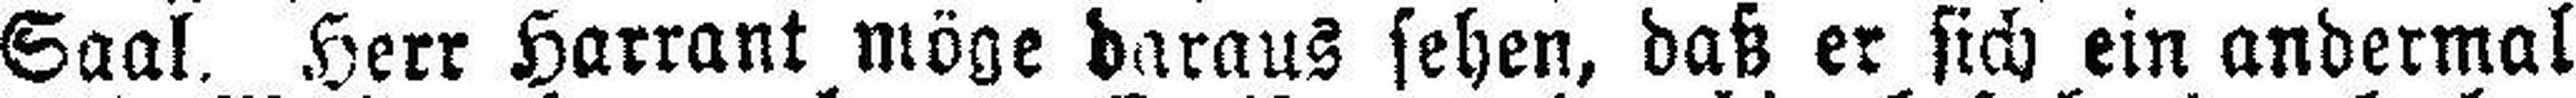
Saal. Herr Harrant möge daraus sehen, daß er sich ein andermal